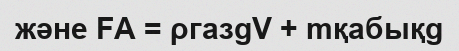
және FА = ρгазgV + mқабықg